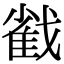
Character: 𢧵